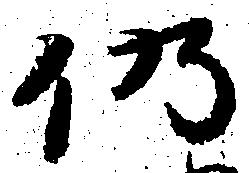
仍